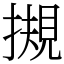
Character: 摫